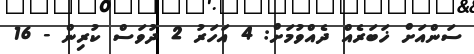
ސަންއަށް ޚަބަރެއް ދެއްވުމަށް: 4 އަހަރު 2 ދުވަސް ކުރިން - 16